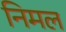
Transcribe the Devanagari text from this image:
निमल